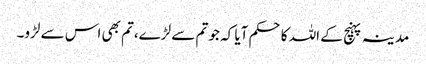
مدینہ پہنچ کے اللہ کاحکم آیا کہ جو تم سے لڑے،تم بھی اس سے لڑو۔